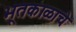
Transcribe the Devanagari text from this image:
भूतकाळाचे